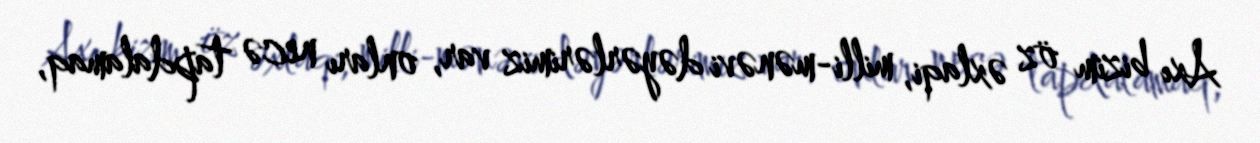
Axı bizim öz əxlaqi, milli-mənəvi dəyərlərimiz var, onları necə tapdalamaq,